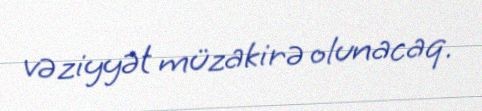
vəziyyət müzakirə olunacaq.